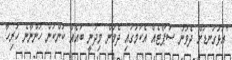
"އަޅުގަނޑަށް ދެވުނު ސަޕޯޓެއް އެކަމުގައި ދެމުން މިދަނީ ބައެއް ކަންކަން ހުންނާނެ ހުރިހާ